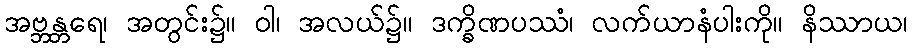
အဗ္ဘန္တရေ၊ အတွင်း၌။ ဝါ၊ အလယ်၌။ ဒက္ခိဏပဿံ၊ လက်ယာနံပါးကို။ နိဿာယ၊